Senior Leaving Certificate Examination (including Day School Certificate (Higher) General paper), 1948
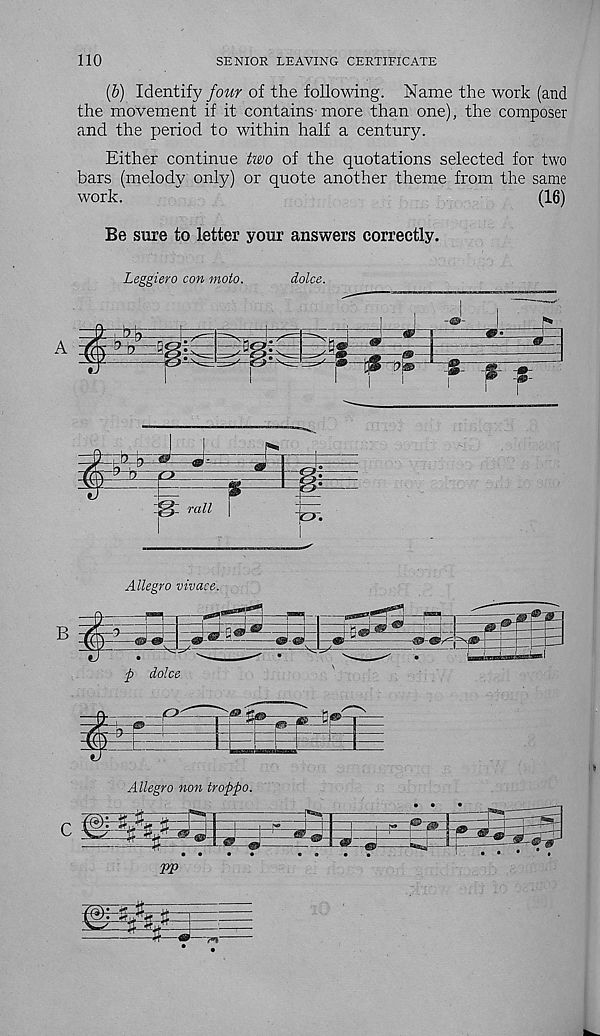
110
SENIOR LEAVING CERTIFICATE
(6) Identify four of the following. Name the work (and
the movement if it contains more than one), the composer
and the period to within half a century.
Either continue tivo of the quotations selected for two
bars (melody only) or quote another theme from the same
work.
(16)
Be sure to letter your answers correctly.
Leggiero con moto.
doles.
t
4
$
f i
rail
Allegro vivace.
B
^ i i "
p doles
m fs, ^
Allegro non troppo.
I T..^—H
• 0 0